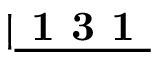
\lvert \underline { { \textbf { 1 3 1 } } }